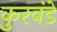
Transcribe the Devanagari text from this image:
कुरवंडे